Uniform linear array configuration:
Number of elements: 12
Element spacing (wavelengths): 1
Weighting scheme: exponential
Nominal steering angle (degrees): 45
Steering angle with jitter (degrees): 45.178
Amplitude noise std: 0.05
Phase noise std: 0.05

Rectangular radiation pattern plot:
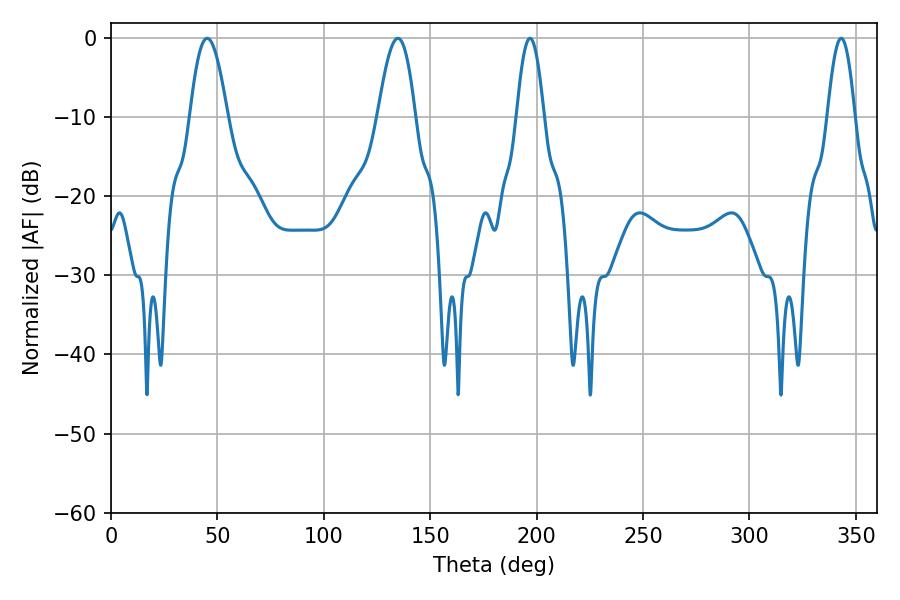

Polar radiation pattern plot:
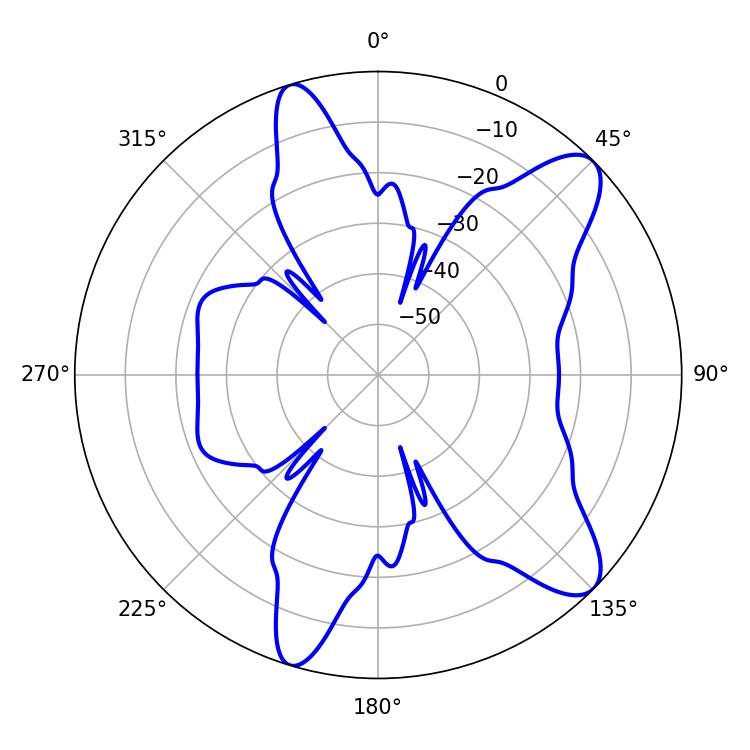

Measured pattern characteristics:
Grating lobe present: TRUE
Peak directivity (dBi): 10.239
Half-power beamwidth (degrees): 9.54
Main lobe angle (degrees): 45.18